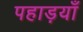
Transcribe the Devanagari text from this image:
पहाड़याँ